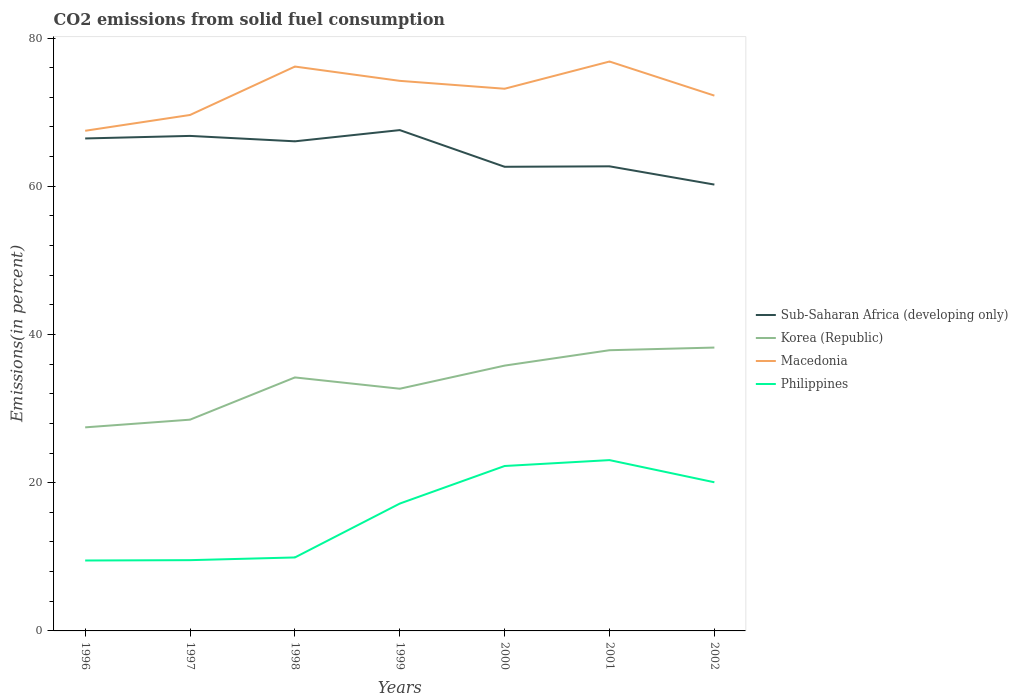
| Years | Sub-Saharan Africa (developing only) | Korea (Republic) | Macedonia | Philippines |
 | --- | --- | --- | --- | --- |
 | 1996 | 66.5 | 27.5 | 67.5 | 9.5 |
 | 1997 | 66.8 | 28.5 | 69.6 | 9.55 |
 | 1998 | 66.1 | 34.2 | 76.2 | 9.91 |
 | 1999 | 67.6 | 32.7 | 74.2 | 17.2 |
 | 2000 | 62.6 | 35.8 | 73.2 | 22.3 |
 | 2001 | 62.7 | 37.9 | 76.8 | 23 |
 | 2002 | 60.2 | 38.2 | 72.2 | 20.1 |